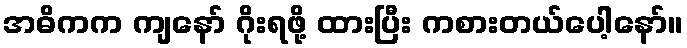
အဓိကက ကျနော် ဂိုးရဖို့ ထားပြီး ကစားတယ်ပေါ့နော်။